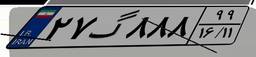
۲۷گ۸۸۸۹۹